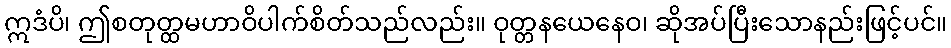
ဣဒံပိ၊ ဤစတုတ္ထမဟာဝိပါက်စိတ်သည်လည်း။ ဝုတ္တနယေနေဝ၊ ဆိုအပ်ပြီးသောနည်းဖြင့်ပင်။